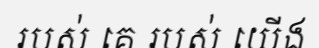
របស់ គេ របស់ យើង